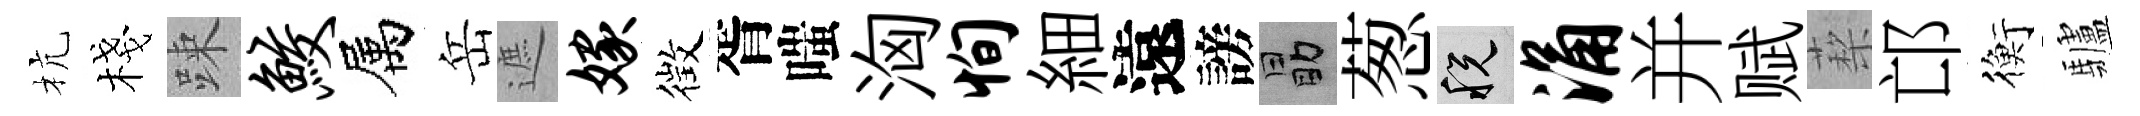
杭棧踈鲛属岳遮嫁徴胥嗤洶恂細遠謗勗葱税涌并赋蔾邙衡驢